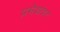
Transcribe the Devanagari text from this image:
प्रमेयांवर